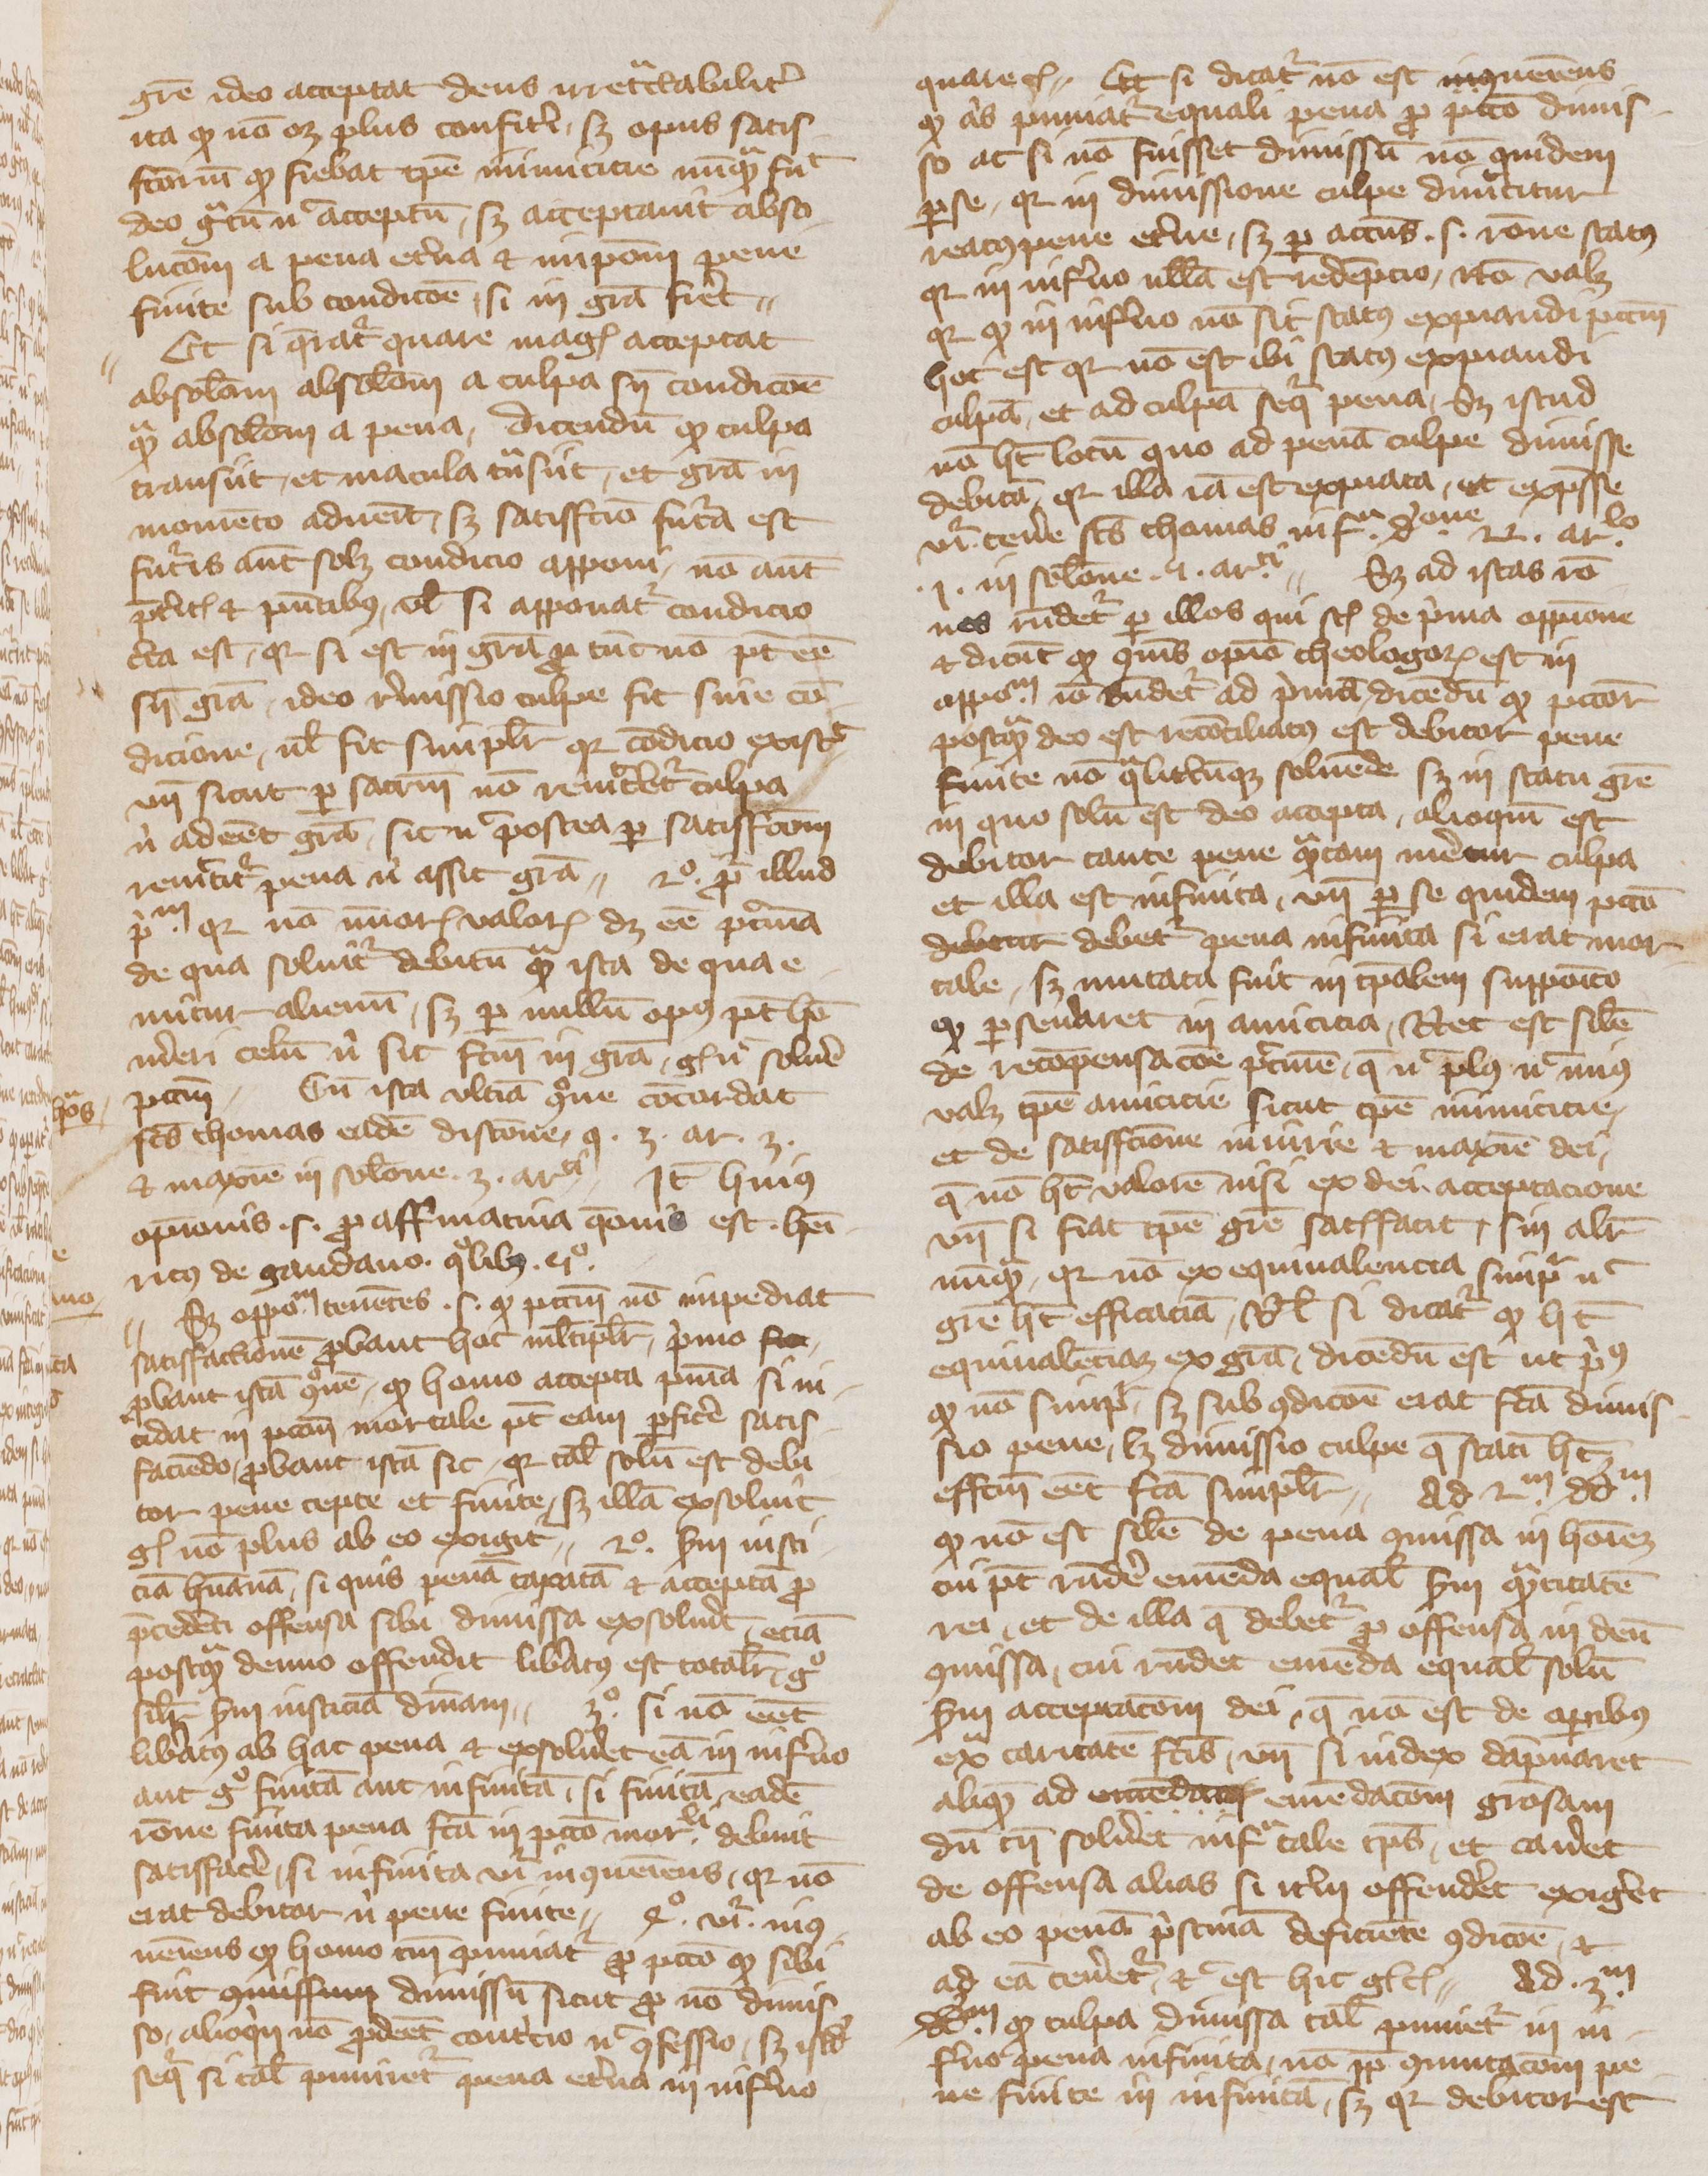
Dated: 1350–1399